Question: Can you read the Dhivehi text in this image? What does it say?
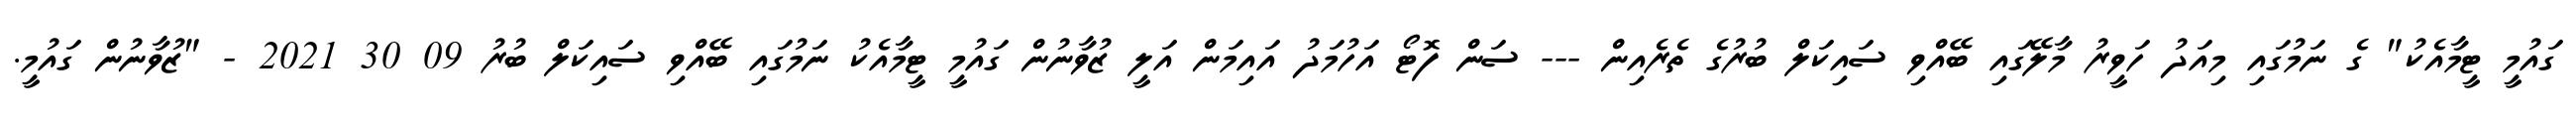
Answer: ގައުމީ ޓީމާއެކު" ގެ ނަމުގައި މިއަދު ހަވީރު މާލޭގައި ބޭއްވި ސައިކަލް ބުރުގެ ތެރެއިން --- ސަން ފޮޓޯ އަހުމަދު އައިމަން އަލީ ޒުވާނުން ގައުމީ ޓީމާއެކު ނަމުގައި ބޭއްވި ސައިކަލް ބުރު 09 30 2021 - "ޒުވާނުން ގައުމީ.